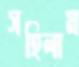
সহিলাম